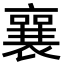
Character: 襄